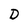
Character: D